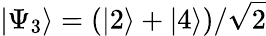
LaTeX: \left\lvert\Psi_{3}\right\rangle=(\left\lvert 2\right\rangle+\left\lvert 4\right\rangle)/\sqrt{2}